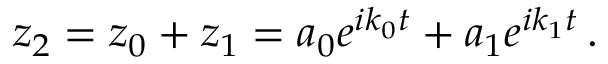
z _ { 2 } = z _ { 0 } + z _ { 1 } = a _ { 0 } e ^ { i k _ { 0 } t } + a _ { 1 } e ^ { i k _ { 1 } t } \, .